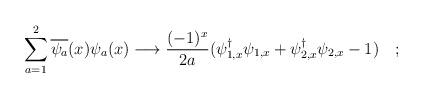
LaTeX: \begin{align*}\sum_{a=1}^2 \overline{\psi_{a}}(x)\psi_{a}(x) \longrightarrow \frac{(-1)^{x}}{2a}(\psi^{\dagger}_{1,x}\psi_{1,x}+ \psi^{\dagger}_{2,x}\psi_{2,x}-1)\quad ;\end{align*}